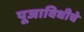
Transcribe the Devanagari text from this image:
पूजाविधीचे